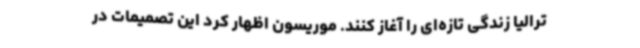
ترالیا زندگی تازه‌ای را آغاز کنند. موریسون اظهار کرد این تصمیمات در